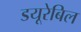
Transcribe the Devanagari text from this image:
डयूरेबिल